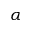
\alpha